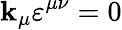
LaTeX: \mathbf{k}_{\mu}\varepsilon^{\mu\nu}=0